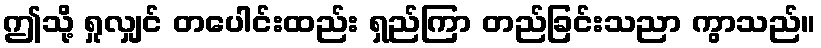
ဤသို့ ရှုလျှင် တပေါင်းထည်း ရှည်ကြာ တည်ခြင်းသညာ ကွာသည်။